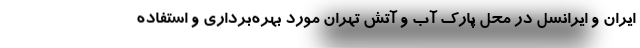
ایران و ایرانسل در محل پارک آب و آتش تهران مورد بهره‌برداری و استفاده